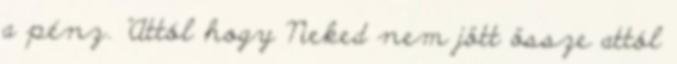
a pénz. "Attól hogy Neked nem jött össze attól